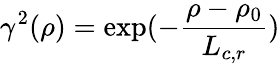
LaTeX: \gamma^{2}(\rho)=\exp(-\frac{\rho-\rho_{0}}{L_{c,r}})